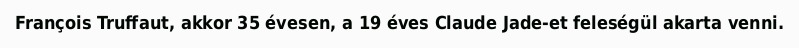
François Truffaut, akkor 35 évesen, a 19 éves Claude Jade-et feleségül akarta venni.